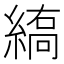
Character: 𦃣